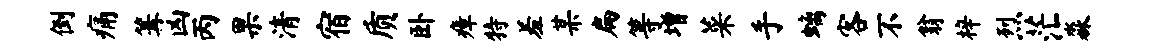
倒痛篝凶丙果清宿质卧瘴特羞某扁等增菜手螭客不翁梓烈茫淼